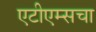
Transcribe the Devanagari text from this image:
एटीएम्सचा